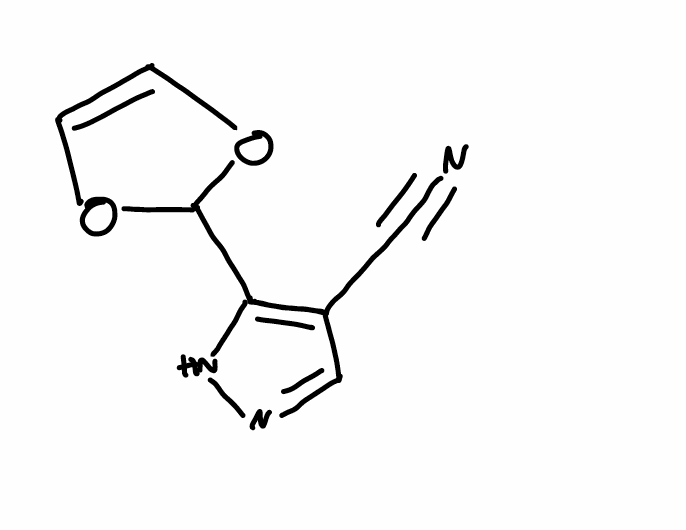
Simplified molecular-input line-entry system (SMILES) notation of the given molecule:
C1=COC(O1)C2=C(C=NN2)C#N